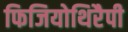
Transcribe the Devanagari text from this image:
फिजियोथिरैपी